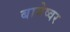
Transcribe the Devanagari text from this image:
बागेष्वर